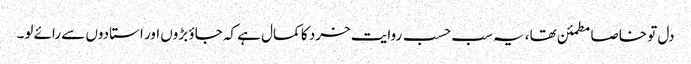
دل تو خاصا مطمئن تھا، یہ سب حسب روایت خرد کا کمال ہے کہ جاؤ بڑوں اور استادوں سے رائے لو۔